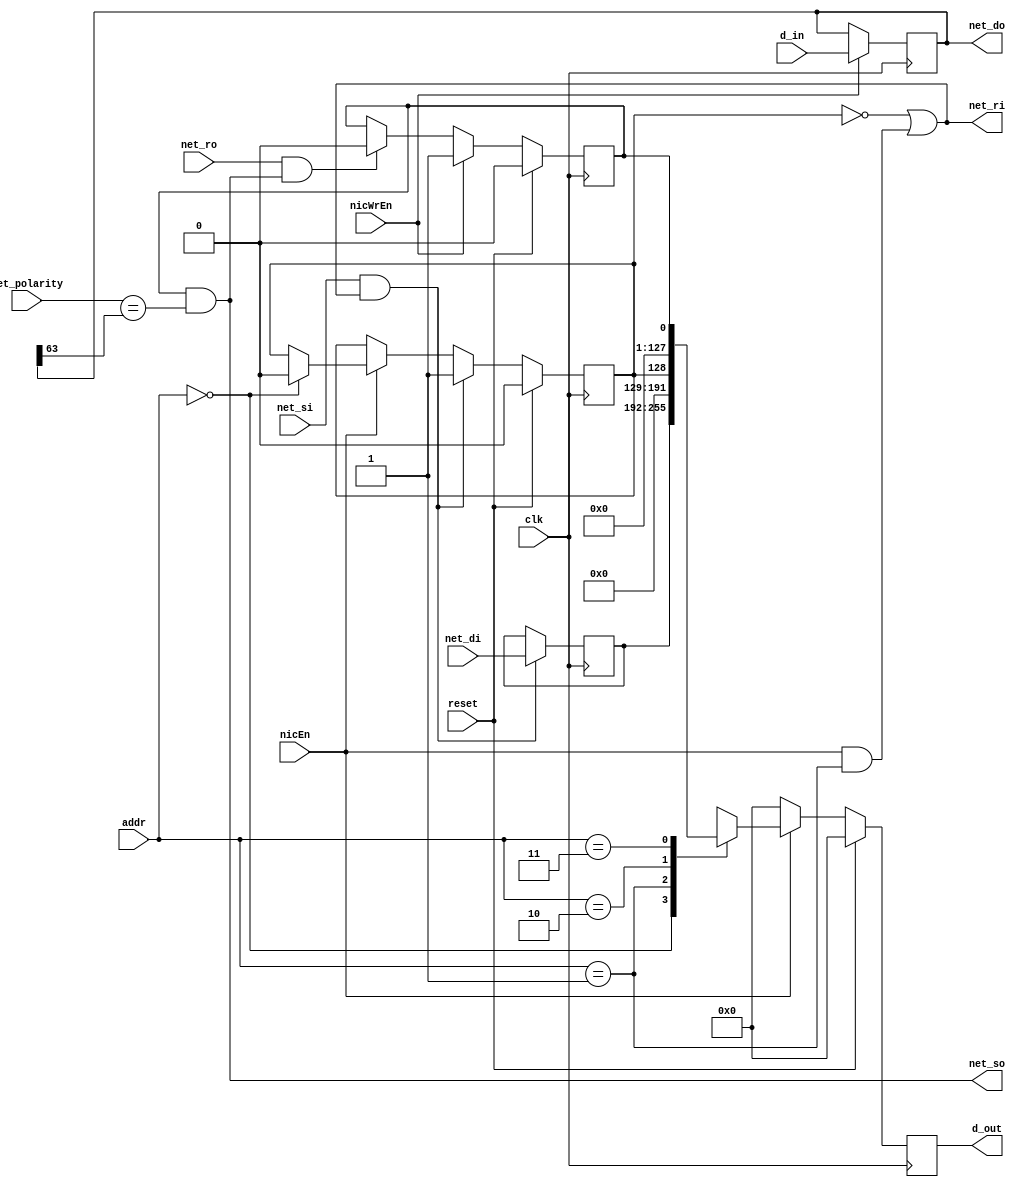
module cardinal_nic(
	input clk, reset,
	input [0:1] addr,
	input [0:63] d_in,
	output reg [0:63] d_out,
	input nicEn,
	input nicWrEn,
	output reg net_so,
	input net_ro,
	output reg [0:63] net_do,
	input net_polarity,
	input net_si,
	output reg net_ri,
	input [0:63] net_di
	);

	reg out_ch_stat, in_ch_stat;
	reg [0:63] in_ch_buffer;

	always @(*) begin
		// recieve input if empty or going to be emptied
		net_ri = ~in_ch_stat || (nicEn && addr == 2'b01);

		// output should be taken if correct vc and out buffer full
		net_so = out_ch_stat && (net_polarity == net_do[0]);
	end

	always @(posedge clk) begin
		// Handle Processor addr request
		// 2'b01 empties input channel to cpu
		d_out <= 64'b0;
		if (nicEn) begin
			case (addr)
				2'b00: begin
					d_out <= in_ch_buffer;
					in_ch_stat <= 'b0;
				end
				2'b01: d_out <= {63'b0, in_ch_stat};
				2'b10: d_out <= 64'b0;
				2'b11: d_out <= {63'b0, out_ch_stat};
			endcase
		end

		// Empty output buffer if router ready
		if (net_ro && net_so) begin
			out_ch_stat <= 'b0;
		end
		
		// Fill output buffer if processor write (overrides above)
		if (nicWrEn) begin
			net_do <= d_in;
			out_ch_stat <= 'b1;
		end

		// fill input buffer (overrides nicEn)
		if (net_si && net_ri) begin
			in_ch_buffer <= net_di;
			in_ch_stat <= 'b1;
		end

		if (reset) begin
			d_out <= 'b0;
			in_ch_stat <= 0;
			out_ch_stat <= 0;
		end
	end
endmodule